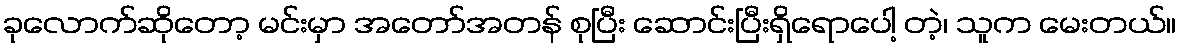
ခုလောက်ဆိုတော့ မင်းမှာ အတော်အတန် စုပြီး ဆောင်းပြီးရှိရောပေါ့ တဲ့၊ သူက မေးတယ်။